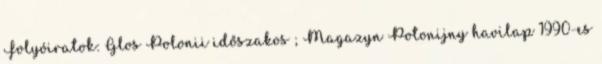
Folyóiratok: Glos Polonii időszakos ; Magazyn Potonijny havilap 1990-es